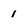
Character: 1